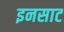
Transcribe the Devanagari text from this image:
इनसाट